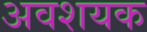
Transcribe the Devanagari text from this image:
अवशयक